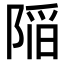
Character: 𨺻